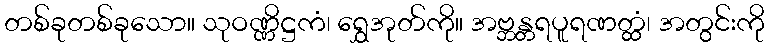
တစ်ခုတစ်ခုသော။ သုဝဏ္ဏိဋ္ဌကံ၊ ရွှေအုတ်ကို။ အဗ္ဘန္တရပူရဏတ္ထံ၊ အတွင်းကို